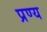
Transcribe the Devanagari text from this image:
प्रण्य